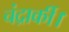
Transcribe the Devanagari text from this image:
चंद्रार्की।